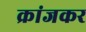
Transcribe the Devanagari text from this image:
क्रांजकर